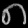
Digit: ၈